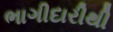
ભાગીદારીથી